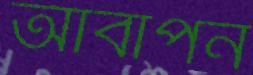
আবাপন